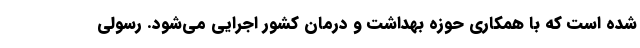
شده است که با همکاری حوزه بهداشت و درمان کشور اجرایی می‌شود. رسولی